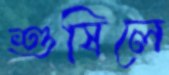
শুষিলে